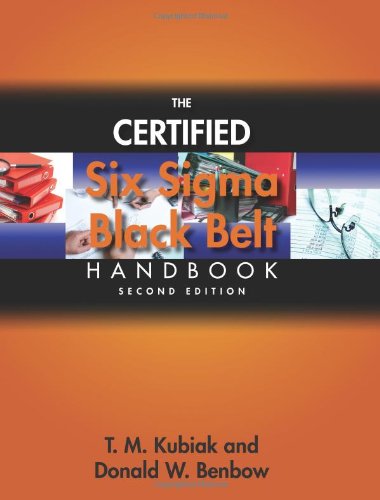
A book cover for The Certified Six Sigma Black Belt Handbook, Second Edition; T.M. Kubiak and Donald W. Benbow; Business & Money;